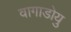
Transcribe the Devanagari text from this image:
वागाडोयु